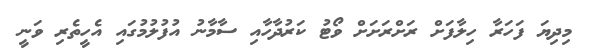
މިދިޔަ ފަހަރާ ހިލާފަށް ރަށްރަށަށް ވޯޓު ކަރުދާހާއި ސާމާނު އުފުލުމުގައި އެހީތެރި ވަނީ